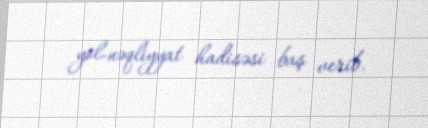
yol-nəqliyyat hadisəsi baş verib.